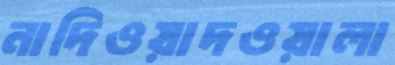
নাদিওয়াদওয়ালা